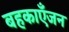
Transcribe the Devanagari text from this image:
बहकाएँजन